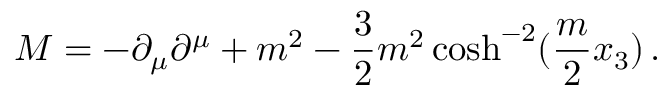
M = - \partial _ { \mu } \partial ^ { \mu } + m ^ { 2 } - \frac { 3 } { 2 } m ^ { 2 } \cosh ^ { - 2 } ( \frac { m } { 2 } x _ { 3 } ) \, .